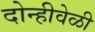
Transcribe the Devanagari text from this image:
दोन्हीवेळी